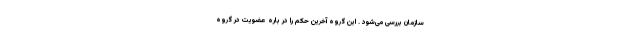
سازمان بررسی می‌شود . این گروه آخرین حکم را در باره عضویت در گروه